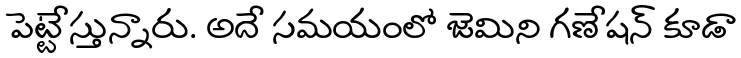
పెట్టేస్తున్నారు. అదే సమయంలో జెమిని గణేషన్ కూడా